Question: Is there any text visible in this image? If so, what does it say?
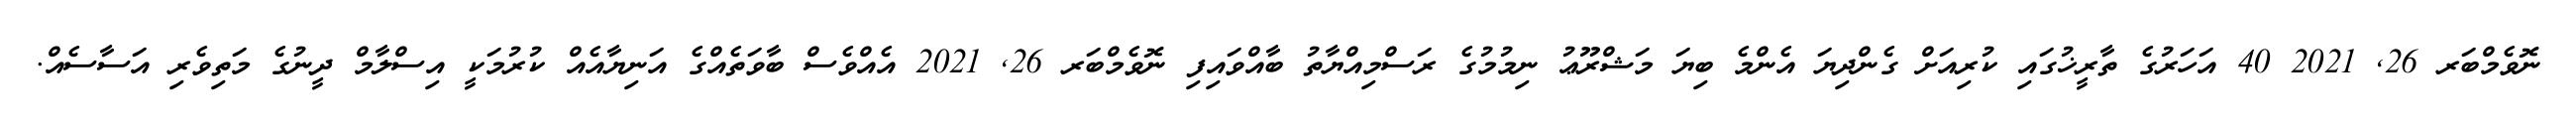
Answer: ނޮވެމްބަރ 26, 2021 40 އަހަރުގެ ތާރީޚުގައި ކުރިއަށް ގެންދިޔަ އެންމެ ބިޔަ މަޝްރޫޢު ނިމުމުގެ ރަސްމިއްޔާތު ބާއްވައިފި ނޮވެމްބަރ 26, 2021 އެއްވެސް ބާވަތެއްގެ އަނިޔާއެއް ކުރުމަކީ އިސްލާމް ދީނުގެ މަތިވެރި އަސާސެއް.